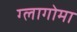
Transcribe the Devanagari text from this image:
ग्लागोमा